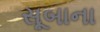
સૂબાના